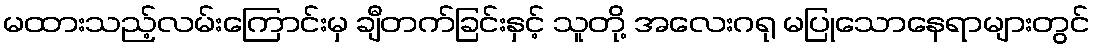
မထားသည့်လမ်းကြောင်းမှ ချီတက်ခြင်းနှင့် သူတို့ အလေးဂရု မပြုသောနေရာများတွင်